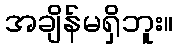
အချိန်မရှိဘူး။